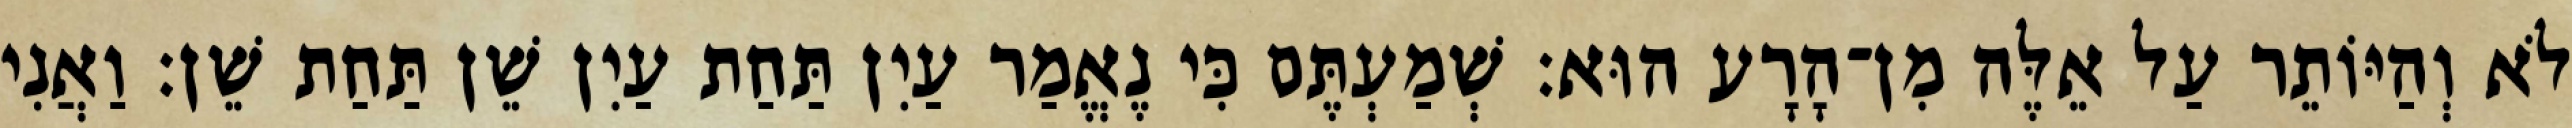
לֹא וְהַיּוֹתֵר עַל אֵלֶּה מִן־הָרָע הוּא׃ שְׁמַעְתֶּם כִּי נֶאֱמַר עַיִן תַּחַת עַיִן שֵׁן תַּחַת שֵׁן׃ וַאֲנִי